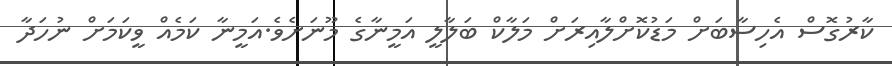
ކާރުގޮސް އެހިސާބަށް މަޑުކޮށްލާއިރަށް މަލާކް ބަލާލީ އަމީނާގެ މޫނަށެވެ.އަމީނާ ކަމެއް ވީކަމަށް ނުހަދާ